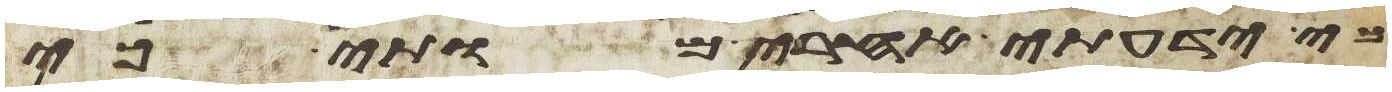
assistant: כי ידעתי אחרי מותי כי